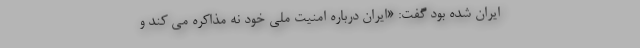
ایران شده بود گفت: «ایران درباره امنیت ملی خود نه مذاکره می کند و